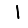
Digit: 1